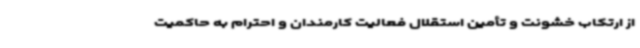
از ارتکاب خشونت و تأمین استقلال فعالیت کارمندان و احترام به حاکمیت